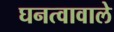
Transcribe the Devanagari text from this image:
घनत्वावाले